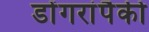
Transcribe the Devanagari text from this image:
डोंगरांपैकी